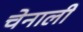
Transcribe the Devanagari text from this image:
चेनाली